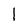
Character: I